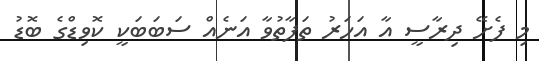
މި ފެށޭ ދިރާސީ އާ އަހަރު ތަފާތުވާ އަނެއް ސަބަބަކީ ކޮވިޑްގެ ބޮޑު